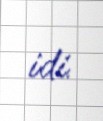
idi.